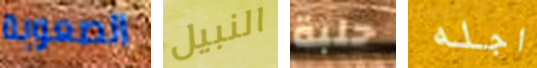
الصعوبة النبيل حلبة اجله